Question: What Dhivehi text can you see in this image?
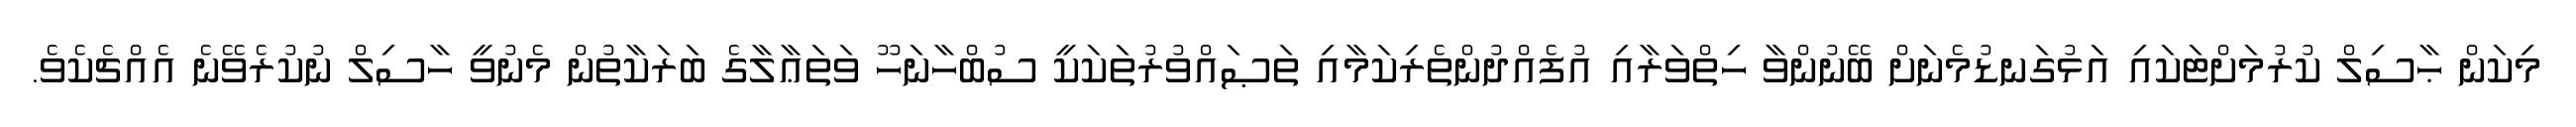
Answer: މިކަން ޙާސިލް ކުރުމަށްޓަކައި އަޅުގަނޑުމެނަށް ބޭނުންވާ ހިތްވަރާއި އުފެއްދުންތެރިކަމާއި ތަޞައްވުރުތަކަކީ ސުބްހާނަހޫ ވަތަޢާލާގެ ބަރަކާތުން މެނުވީ ހާސިލް ނުކުރެވޭނެ އެއްޗެކެވެ.